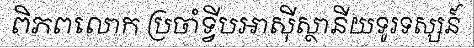
ពិភពលោក ប្រចាំទ្វីបអាស៊ីស្ថានីយទូរទស្សន៍